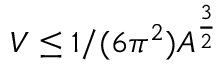
V \le 1 / ( 6 \pi ^ { 2 } ) A ^ { \frac 3 2 }